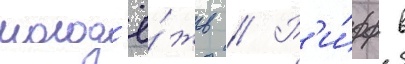
молод'ё́жь // Р'и́фф в